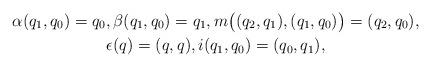
LaTeX: \begin{gather*} \alpha ( q _1 , q _0 ) = q _0 , \beta ( q _1 , q _0 ) = q _1 , m \bigl( ( q _2 , q _1 ) , ( q _1 , q _0 ) \bigr) = ( q _2 , q _0 ) ,\\ \epsilon (q) = ( q, q ) , i ( q _1 , q _0 ) = ( q _0, q _1 ) , \end{gather*}